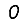
Digit: 0